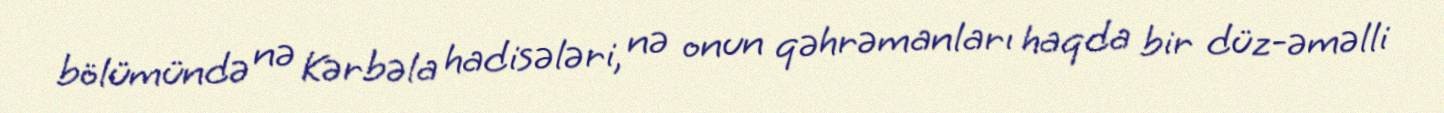
bölümündə nə Kərbəla hadisələri, nə onun qəhrəmanları haqda bir düz-əməlli